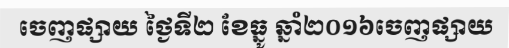
ចេញផ្សាយ ថ្ងៃទី២ ខែធ្នូ ឆ្នាំ២០១៦ចេញផ្សាយ